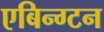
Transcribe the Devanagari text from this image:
एबिन्ग्टन